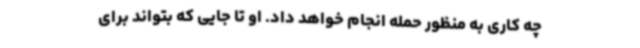
چه کاری به منظور حمله انجام خواهد داد. او تا جایی که بتواند برای